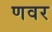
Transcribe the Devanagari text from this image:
णवर